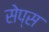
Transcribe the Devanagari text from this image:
सेप्स